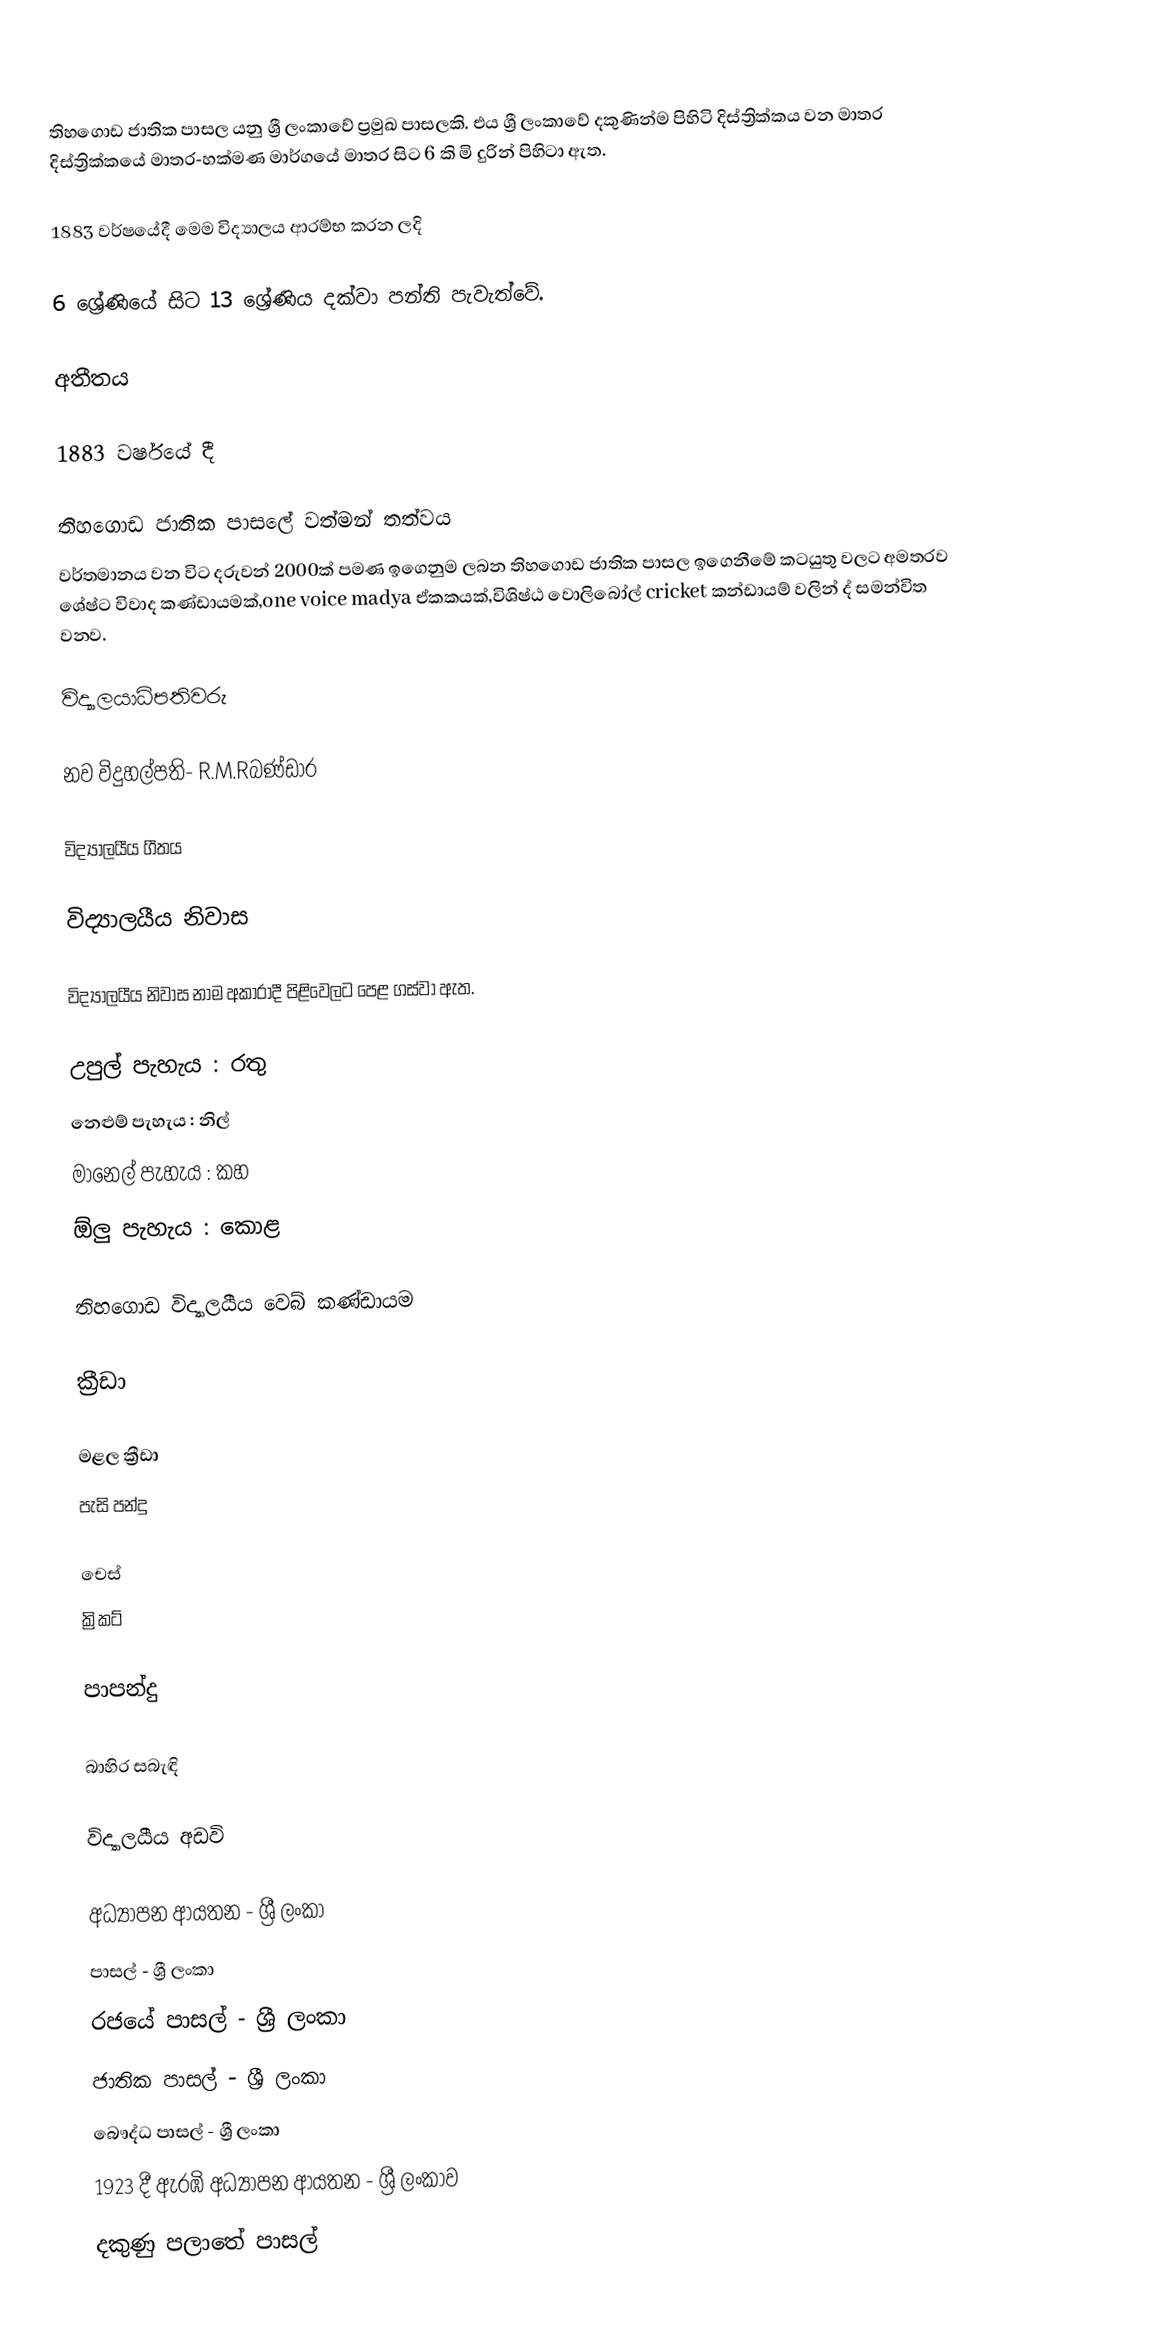
තිහගොඩ ජාතික පාසල යනු ශ්‍රී ලංකාවේ ප්‍රමුඛ පාසලකි. එය ශ්‍රී ලංකාවේ දකුණින්ම පිහිටි දිස්ත්‍රික්කය වන  මාතර දිස්ත්‍රික්කයේ මාතර-හක්මණ මාර්ගයේ මාතර සිට 6 කි මි දුරින් පිහිටා ඇත.

1883 වර්ෂයේදී මෙම විද්‍යාලය ආරම්භ කරන ලදි

6 ශ්‍රේණියේ සිට 13 ශ්‍රේණිය දක්වා පන්ති පැවැත්වේ.

අතීතය

1883 වර්ෂයේ දී

තිහගොඩ ජාතික පාසලේ වත්මන් තත්වය
වර්තමානය වන විට දරුවන් 2000ක් පමණ ඉගෙනුම ලබන තිහගොඩ ජාතික පාසල ඉගෙනීමේ කටයුතු වලට අමතරව ශේෂ්ට විවාද කණ්ඩායමක්,one voice madya ඒකකයක්,විශිෂ්ඨ වොලිබෝල් cricket කන්ඩායම් වලින් ද් සමන්විත වනව.

විද්‍යාලයාධිපතිවරු

නව විදුහල්පති- R.M.Rබණ්ඩාර

විද්‍යාලයීය ගීතය

විද්‍යාලයීය නිවාස

විද්‍යාලයීය නිවාස නාම අකාරාදී පිළිවෙලට පෙළ ගස්වා ඇත.

 උපුල් පැහැය : රතු
 නෙළුම් පැහැය : නිල්
 මානෙල් පැහැය : කහ
 ඕලු පැහැය : කොළ

තිහගොඩ විද්‍යාලයීය වෙබ් කණ්ඩායම

ක්‍රීඩා

 මළල ක්‍රීඩා
 පැසි පන්දු

 චෙස්
 ක්‍රිකට්

 පාපන්දු

බාහිර සබැඳි

විද්‍යාලයීය අඩවි

අධ්‍යාපන ආයතන - ශ්‍රී ලංකා
පාසල් - ශ්‍රී ලංකා
රජයේ පාසල් - ශ්‍රී ලංකා
ජාතික පාසල් - ශ්‍රී ලංකා
බෞද්ධ පාසල් - ශ්‍රී ලංකා
1923 දී ඇරඹි අධ්‍යාපන ආයතන - ශ්‍රී ලංකාව
දකුණු පලාතේ පාසල්